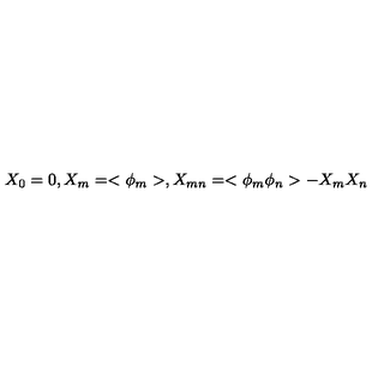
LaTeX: X _ { 0 } = 0 , X _ { m } = < \phi _ { m } > , X _ { m n } = < \phi _ { m } \phi _ { n } > - X _ { m } X _ { n }